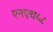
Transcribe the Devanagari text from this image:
एनएच५८